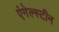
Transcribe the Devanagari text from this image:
एंगेल्स्टीन